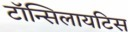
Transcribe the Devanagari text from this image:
टॉन्सिलायटिस